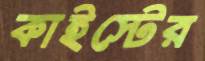
কাইস্টের